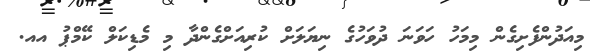
މިއަދުންފެށިގެން މިމަހު ހަވަނަ ދުވަހުގެ ނިޔަލަށް ކުރިއަށްގެންދާ މި މެޑިކަލް ކޭމްޕު އއ.